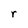
Character: r